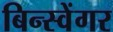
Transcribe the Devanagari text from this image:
बिन्स्वेंगर